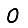
Digit: 0